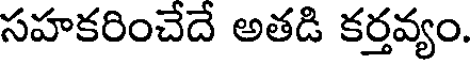
సహకరించేదే అతడి కర్తవ్యం.